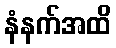
နံနက်အထိ